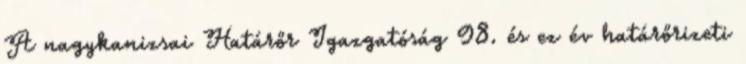
A nagykanizsai Határőr Igazgatóság 98. és ez év határőrizeti